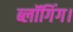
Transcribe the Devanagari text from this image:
ब्लॉगिंग।